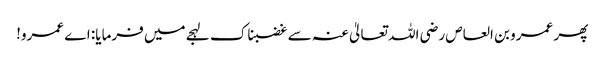
پھر عمرو بن العاص رضی اللہ تعالیٰ عنہ سے غضبناک لہجے میں فرمایا: اے عمرو!